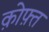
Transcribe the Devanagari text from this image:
क़ोफ़्त